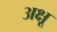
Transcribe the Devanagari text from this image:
अक्षू